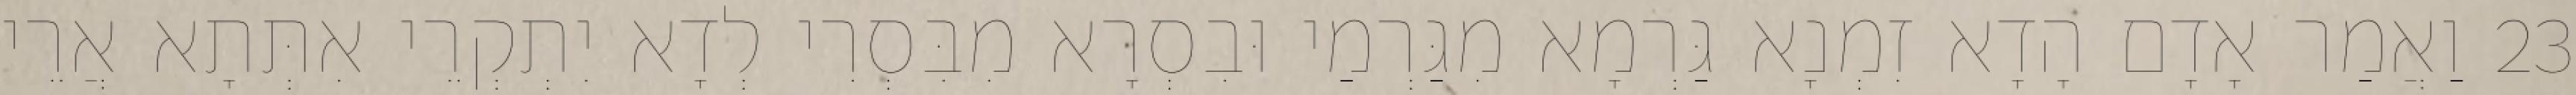
23 וַאֲמַר אָדָם הָדָא זִמְנָא גַּרְמָא מִגַּרְמַי וּבִסְרָא מִבִּסְרִי לְדָא יִתְקְרֵי אִתְּתָא אֲרֵי